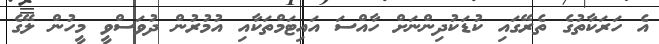
އެ ހަރަކާތުގެ ތެރޭގައި ކުޑަކުދިންނަށް ހާއްސަ އައިޓަމްތަކާއި އުމުރުން ދުވަސްވީ މީހުން ލޭގެ